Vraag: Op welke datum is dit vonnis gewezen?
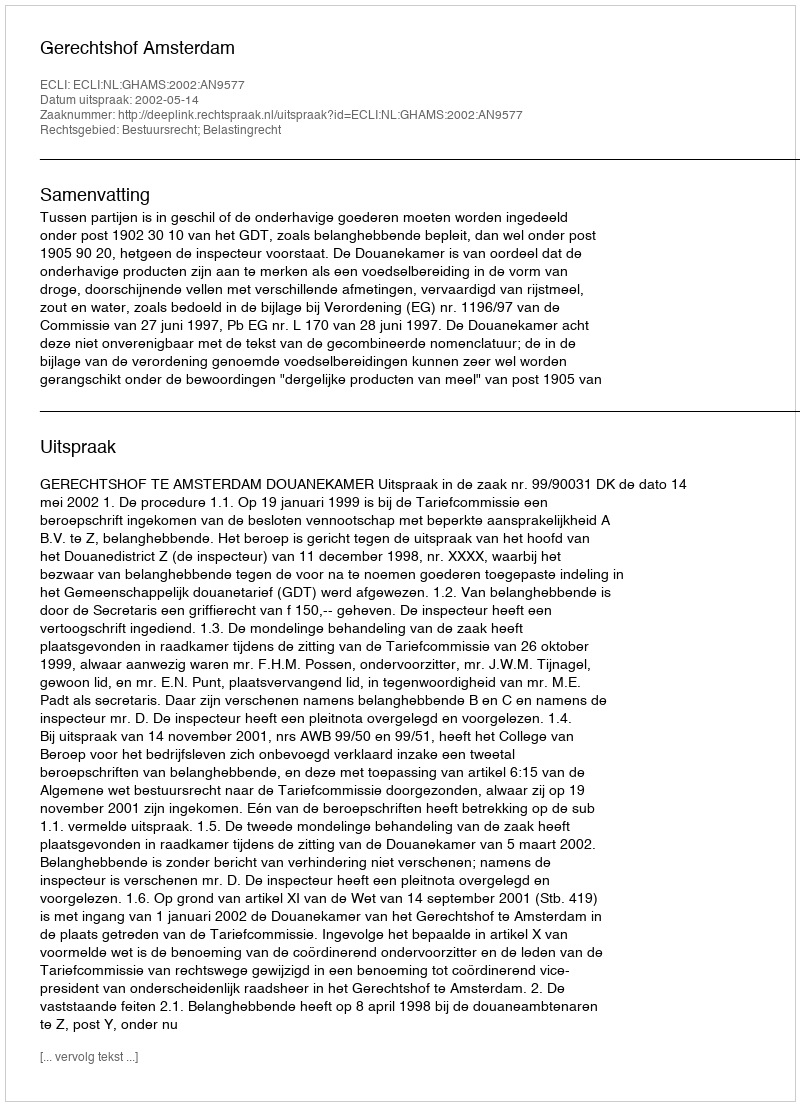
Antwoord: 2002-05-14